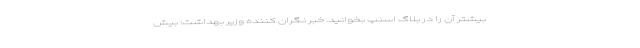
بیشتر آن را در بلاگ اسنپ بخوانید. خبر نگران کننده وزیر بهداشت: بیش